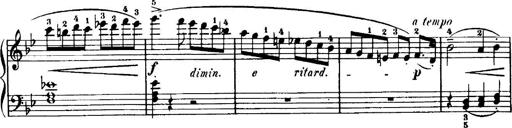
Title: 7 Sonatinas
Composer: Anton Diabelli